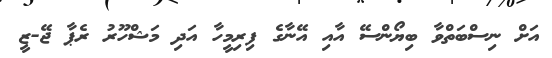
އަށް ނިސްބަތްވާ ބިޔޯންސޭ އާއި އޭނާގެ ފިރިމީހާ އަދި މަޝްހޫރު ރެޕާ ޖޭ-ޒީ